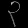
Digit: ၃